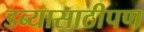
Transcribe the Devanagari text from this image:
डब्यासाठीपण